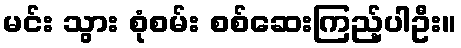
မင်း သွား စုံစမ်း စစ်ဆေးကြည့်ပါဦး။